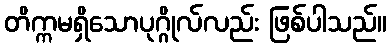
တိက္ကမရှိသောပုဂ္ဂိုလ်လည်း ဖြစ်ပါသည်။